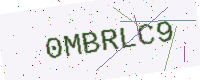
Text: 0MBRLC9